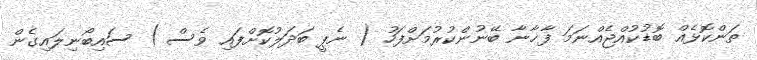
ތަންކޮޅެއް ބޮޑުކުއްޖެއްނަމަ ފާޚާނާ ބޭނުންކުރުމަށްފަހު ( ނެޕީ ބަދަލުކޮށްފައި ވެސް ) ސައިބޯނިލައިގެން